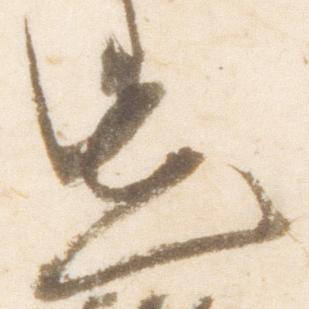
先